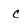
Character: c